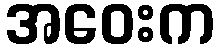
အဝေးက